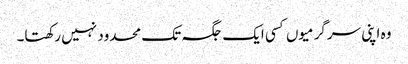
وہ اپنی سرگرمیوں کسی ایک جگہ تک محدود نہیں رکھتا۔